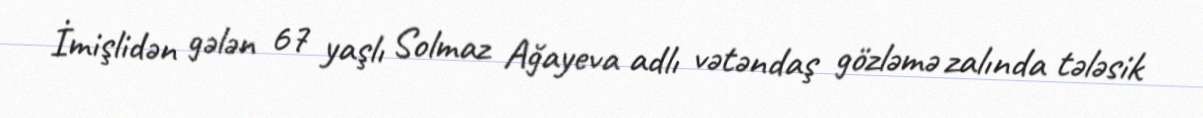
İmişlidən gələn 67 yaşlı Solmaz Ağayeva adlı vətəndaş gözləmə zalında tələsik